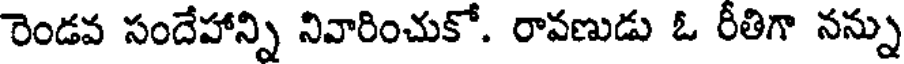
రెండవ సందేహాన్ని నివారించుకో. రావణుడు ఓ రీతిగా నన్ను